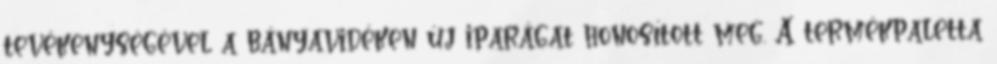
tevékenységével a bányavidéken új iparágat honosított meg. A termékpaletta